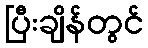
ပြီးချိန်တွင်